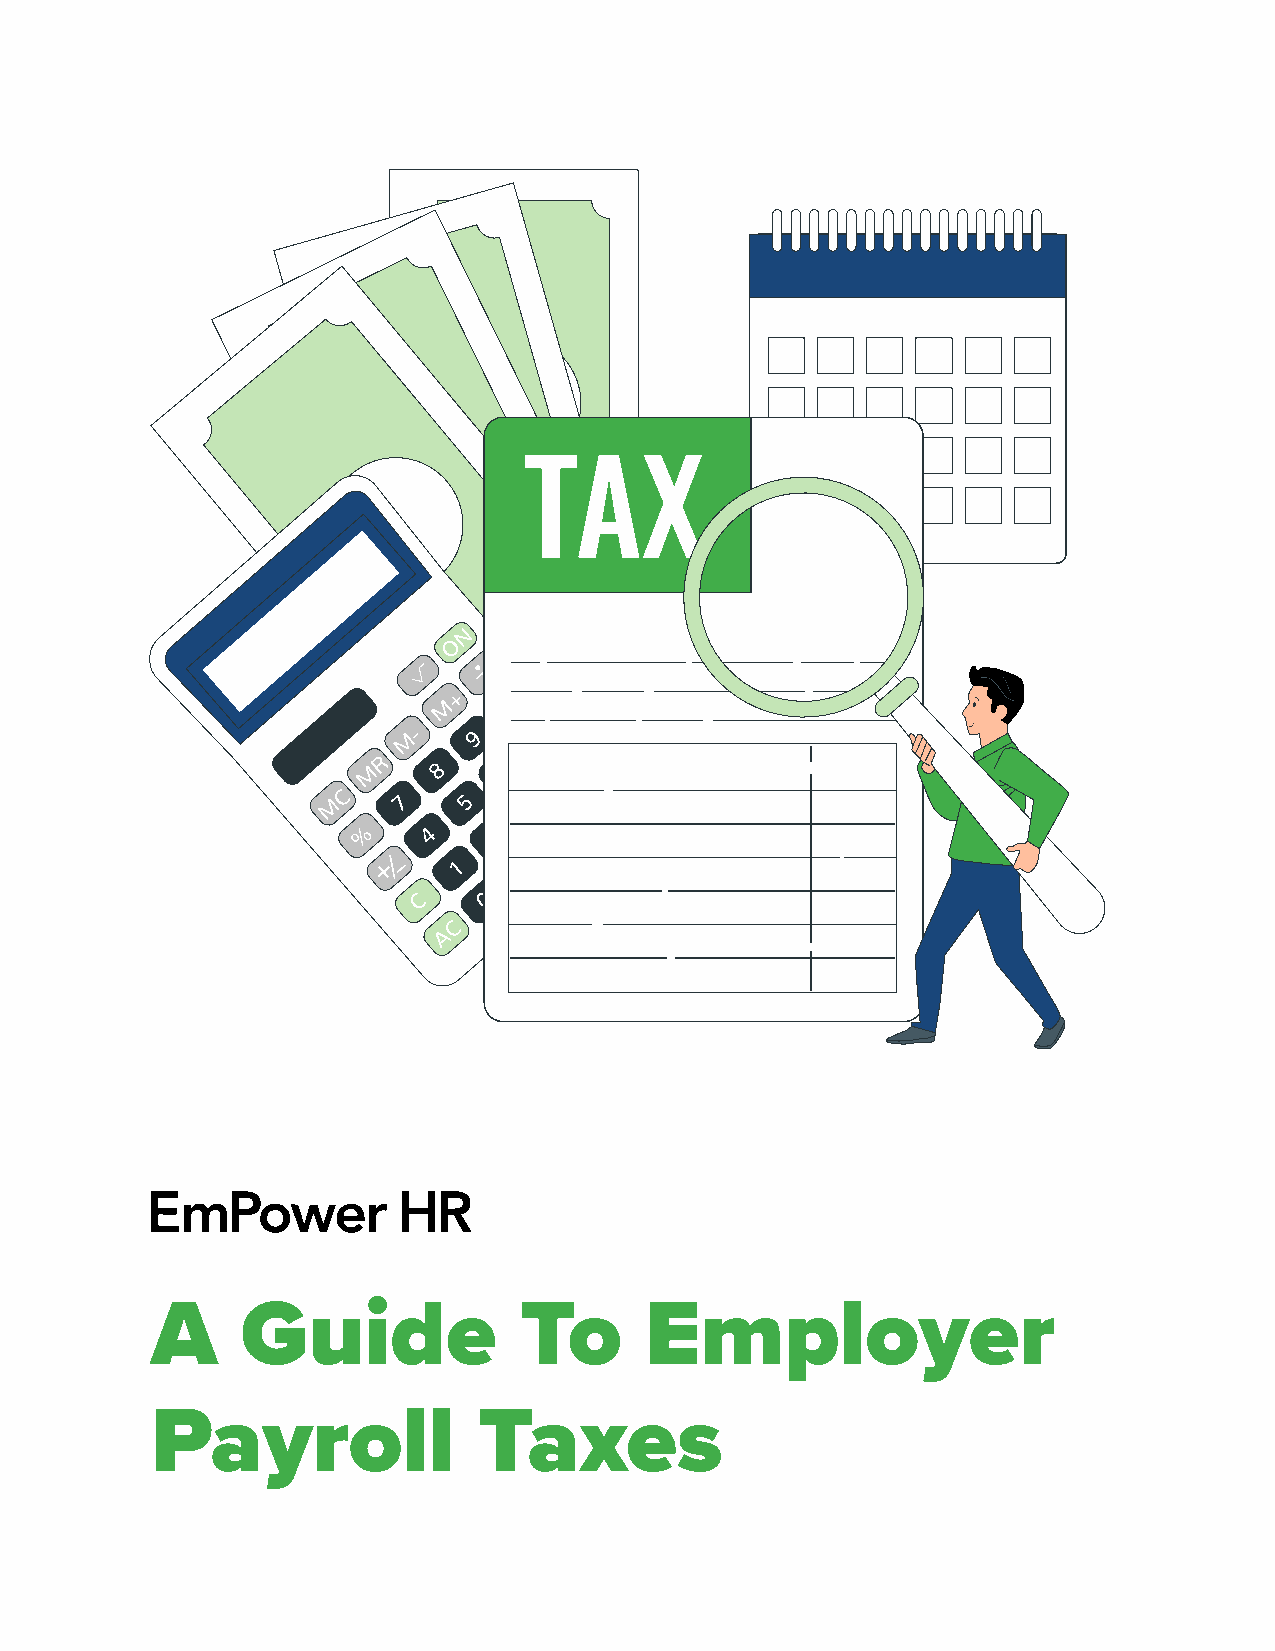
A     Guide             To       Employer
 Payroll               Taxes